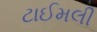
ટાઈમલી